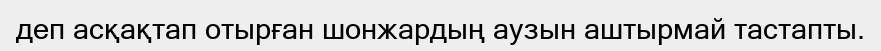
деп асқақтап отырған шонжардың аузын аштырмай тастапты.